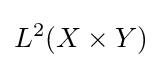
L^{2}(X\times Y)